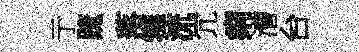
亍䟽落籜流宂痢漕台